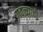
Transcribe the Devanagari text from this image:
गवळ्याची